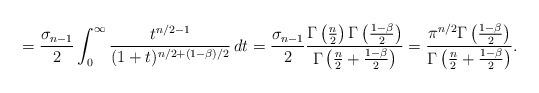
LaTeX: \begin{align*}=\frac{\sigma_{n-1}}2\int_0^{\infty}\frac{t^{n/2-1}}{(1+t)^{n/2+(1-\beta)/2}}\,dt=\frac{\sigma_{n-1}}2\frac{\Gamma\left(\frac n2\right)\Gamma\left(\frac{1-\beta}2\right)}{\Gamma\left(\frac n2+\frac{1-\beta}2\right)}=\frac{\pi^{n/2}\Gamma\left(\frac{1-\beta}2\right)}{\Gamma\left(\frac n2+\frac{1-\beta}2\right)}.\end{align*}